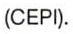
(CEPI).